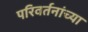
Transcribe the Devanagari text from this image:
परिवर्तनांच्या